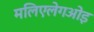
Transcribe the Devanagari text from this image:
मलिएलेगओइ